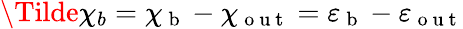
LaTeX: \Tilde{\chi}_{b}=\chi_{\mathrm{~b~}}-\chi_{\mathrm{~o~u~t~}}=\varepsilon_{\mathrm{~b~}}-\varepsilon_{\mathrm{~o~u~t~}}